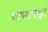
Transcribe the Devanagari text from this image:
पाचापेक्षा